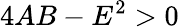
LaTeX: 4AB-E^{2}>0